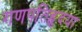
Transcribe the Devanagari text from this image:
गणपतिहृदया